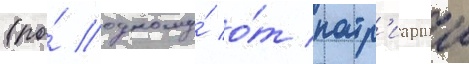
(по́ одному́ о́т патр'иаршеи